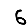
Digit: 6